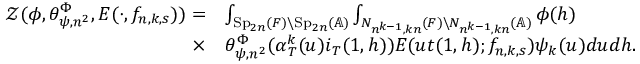
\begin{array} { r l } { \mathcal { Z } ( \phi , \theta _ { \psi , n ^ { 2 } } ^ { \Phi } , E ( \cdot , f _ { n , k , s } ) ) = } & { \int _ { \mathrm { S p } _ { 2 n } ( F ) \backslash \mathrm { S p } _ { 2 n } ( \mathbb { A } ) } \int _ { N _ { n ^ { k - 1 } , k n } ( F ) \backslash N _ { n ^ { k - 1 } , k n } ( \mathbb { A } ) } \phi ( h ) } \\ { \times } & { \theta _ { \psi , n ^ { 2 } } ^ { \Phi } ( \alpha _ { T } ^ { k } ( u ) i _ { T } ( 1 , h ) ) E ( u t ( 1 , h ) ; f _ { n , k , s } ) \psi _ { k } ( u ) d u d h . } \end{array}